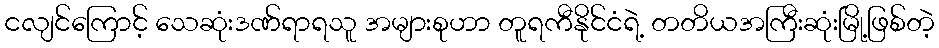
ငလျင်ကြောင့် သေဆုံးဒဏ်ရာရသူ အများစုဟာ တူရကီနိုင်ငံရဲ့ တတိယအကြီးဆုံးမြို့ဖြစ်တဲ့